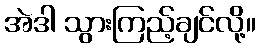
အဲဒါ သွားကြည့်ချင်လို့။